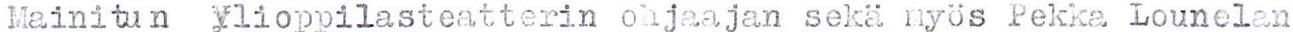
Mainitun ylioppilasteatterin ohjaajan sekä myös Pekka Lounelan